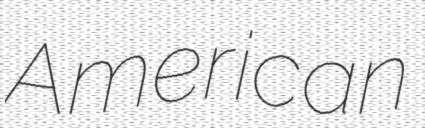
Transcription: American